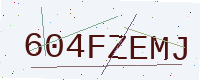
Text: 604FZEMJ